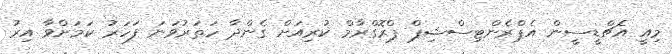
މިއީ އެޗްޑީސީން އެޕްރެންޓިސްޝިޕް ޕްރޮގްރާމް ކުރިއަށް ގެންދާ ހަތަރުވަނަ ފަހަރު ކަމަށްވާ އިރު